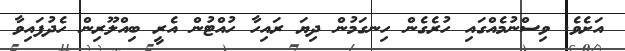
އަށެވެ. ވިސްނުމެއްގައި ހުުރެގެން ހިނގަމުން ދިޔަ ރައިހާ ހުއްޓުން އެރީ ބިއްލޫރިން ހެދުފައިވާ